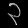
Digit: ၃